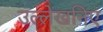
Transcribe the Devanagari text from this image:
उल्लेखनिए